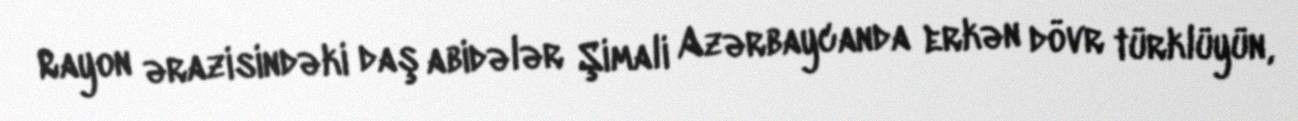
Rayon ərazisindəki daş abidələr Şimali Azərbaycanda erkən dövr türklüyün,